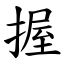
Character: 握